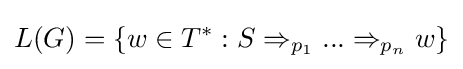
L(G)=\{w\in T^{*}:S\Rightarrow _{p_{1}}...\Rightarrow _{p_{n}}w\}